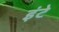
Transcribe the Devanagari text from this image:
इंटे